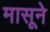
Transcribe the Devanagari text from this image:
मासूने